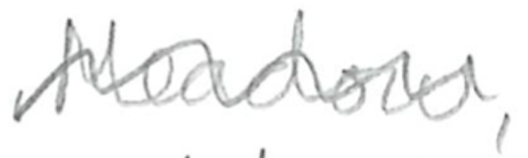
Text: Meadow,
Cross-out: wave
Writing tool: pencil